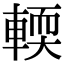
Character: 輭